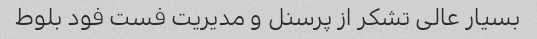
بسیار عالی تشکر از پرسنل و مدیریت فست فود بلوط